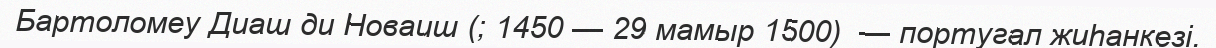
Бартоломеу Диаш ди Новаиш (; 1450 — 29 мамыр 1500)  — португал жиһанкезі.